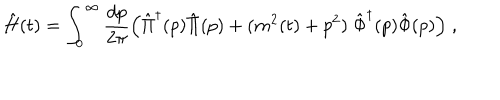
LaTeX: \hat { H } ( t ) = \int _ { 0 } ^ { \infty } { \frac { d p } { 2 \pi } } \Big ( \hat { \Pi } ^ { \dagger } ( p ) \hat { \Pi } ( p ) + ( m ^ { 2 } ( t ) + p ^ { 2 } ) \; \hat { \Phi } ^ { \dagger } ( p ) \hat { \Phi } ( p ) \Big ) \; ,